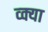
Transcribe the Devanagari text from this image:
व्क्या